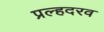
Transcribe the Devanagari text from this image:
प्रल्हदरव